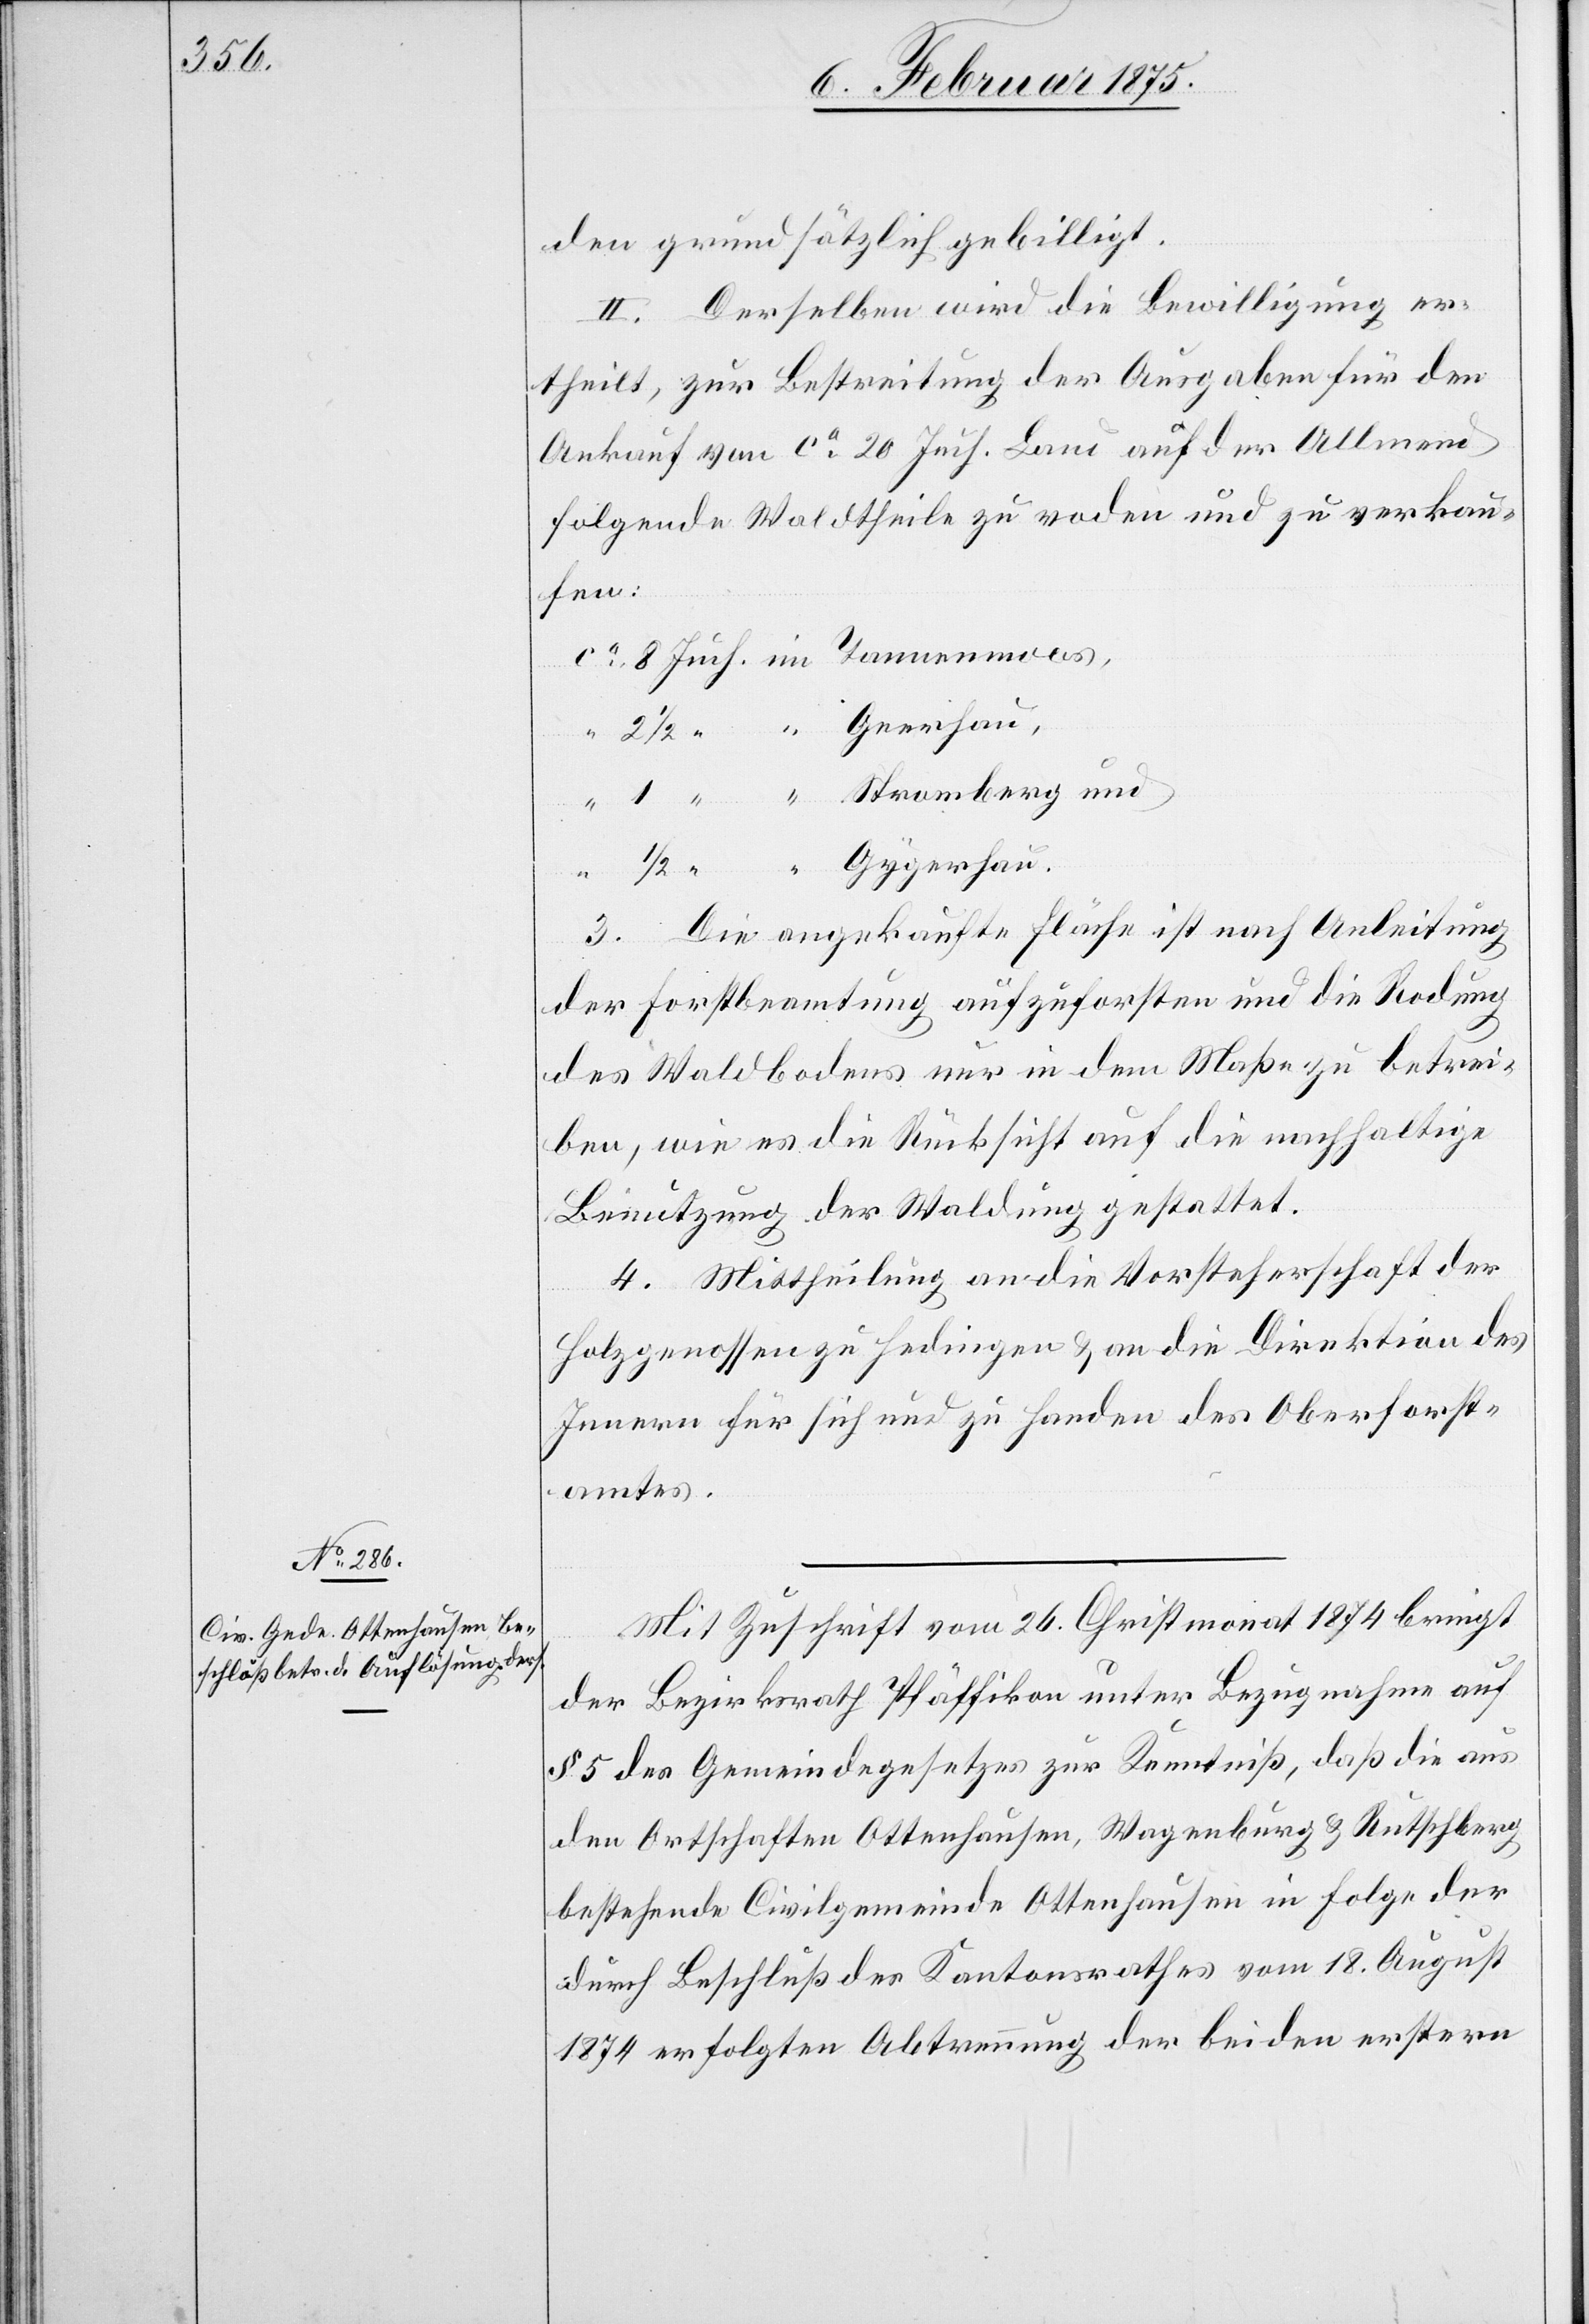
den grundsätzlich gebilligt.
II. Derselben wird die Bewilligung er¬
theilt, zur Bestreitung der Ausgaben für den
Ankauf von ca 20 Juch. Land auf der Allmend
folgende Waldtheile zu roden und zu verkau¬
fen:
Gygerhau.
Stromberg
c!] Die angekaufte Fläche ist nach Anleitung
der Forstbeamtung aufzuforsten und die Rodung
des Waldbodens nur in dem Maße zu betrei¬
ben, wie es die Rücksicht auf die nachhaltige
Benutzung der Waldung gestattet.
4. Mittheilung an die Vorsteherschaft der
[si¬
Holzgenossenschaft Hedingen & an die Direktion des
Innern für sich und zu Handen des Oberforst¬
amtes.
Mit Zuschrift vom 26. Christmonat 1874 bringt
der Bezirksrath Pfäffikon unter Bezugnahme auf
§ 5 des Gemeindegesetzes zur Kenntniß, daß die aus
den Ortschaften Ottenhausen, Wagenburg & Rutschberg
bestehende Civilgemeinde Ottenhausen in Folge der
durch Beschluß des Kantonsrathes vom 18. August
1874 erfolgten Abtrennung der beiden erstern